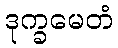
ဒုက္ခမေတံ